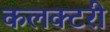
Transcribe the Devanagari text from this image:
कलक्‍टरी